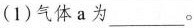
(1)气体a为 ___。